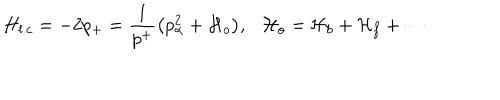
LaTeX: H _ { l . c } = - 2 p _ { + } = { \frac { 1 } { p ^ { + } } } \big ( { p _ { \alpha } ^ { 2 } + { \cal H } _ { o } } \big ) , { \cal H } _ { o } = { \cal H } _ { b } + { \cal H } _ { f } + \cdots